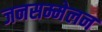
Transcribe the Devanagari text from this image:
जनसम्मेलन